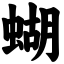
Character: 蝴